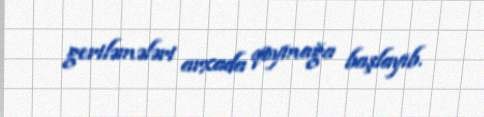
geriləmələri arxada qoymağa başlayıb.